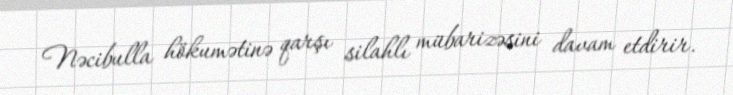
Nəcibulla hökumətinə qarşı silahlı mübarizəsini davam etdirir.